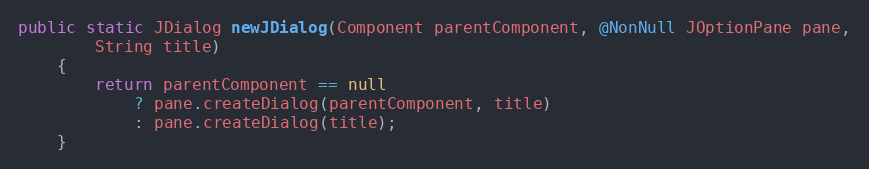
Language: Java
public static JDialog newJDialog(Component parentComponent, @NonNull JOptionPane pane,
		String title)
	{
		return parentComponent == null
			? pane.createDialog(parentComponent, title)
			: pane.createDialog(title);
	}